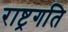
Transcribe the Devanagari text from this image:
राष्ट्रगति